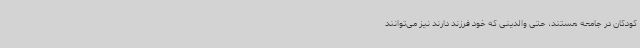
کودکان در جامعه هستند، حتی والدینی که خود فرزند دارند نیز می‌توانند